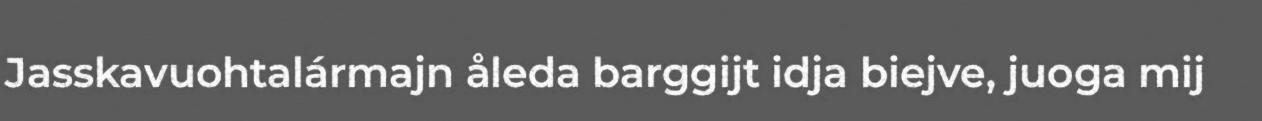
Jasskavuohtalármajn åleda barggijt idja biejve, juoga mij